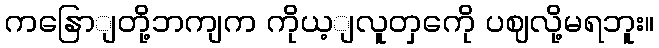
ကနြောျတို့ဘကျက ကိုယ့ျလူတှကေို ပဈလို့မရဘူး။